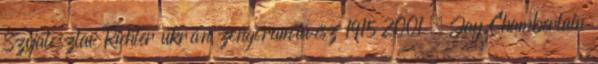
Szvjatoszlav Richter ukrán zongoraművész 1915 2001 – Jay Chamberlain